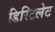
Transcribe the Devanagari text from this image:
डिस्टिलेट